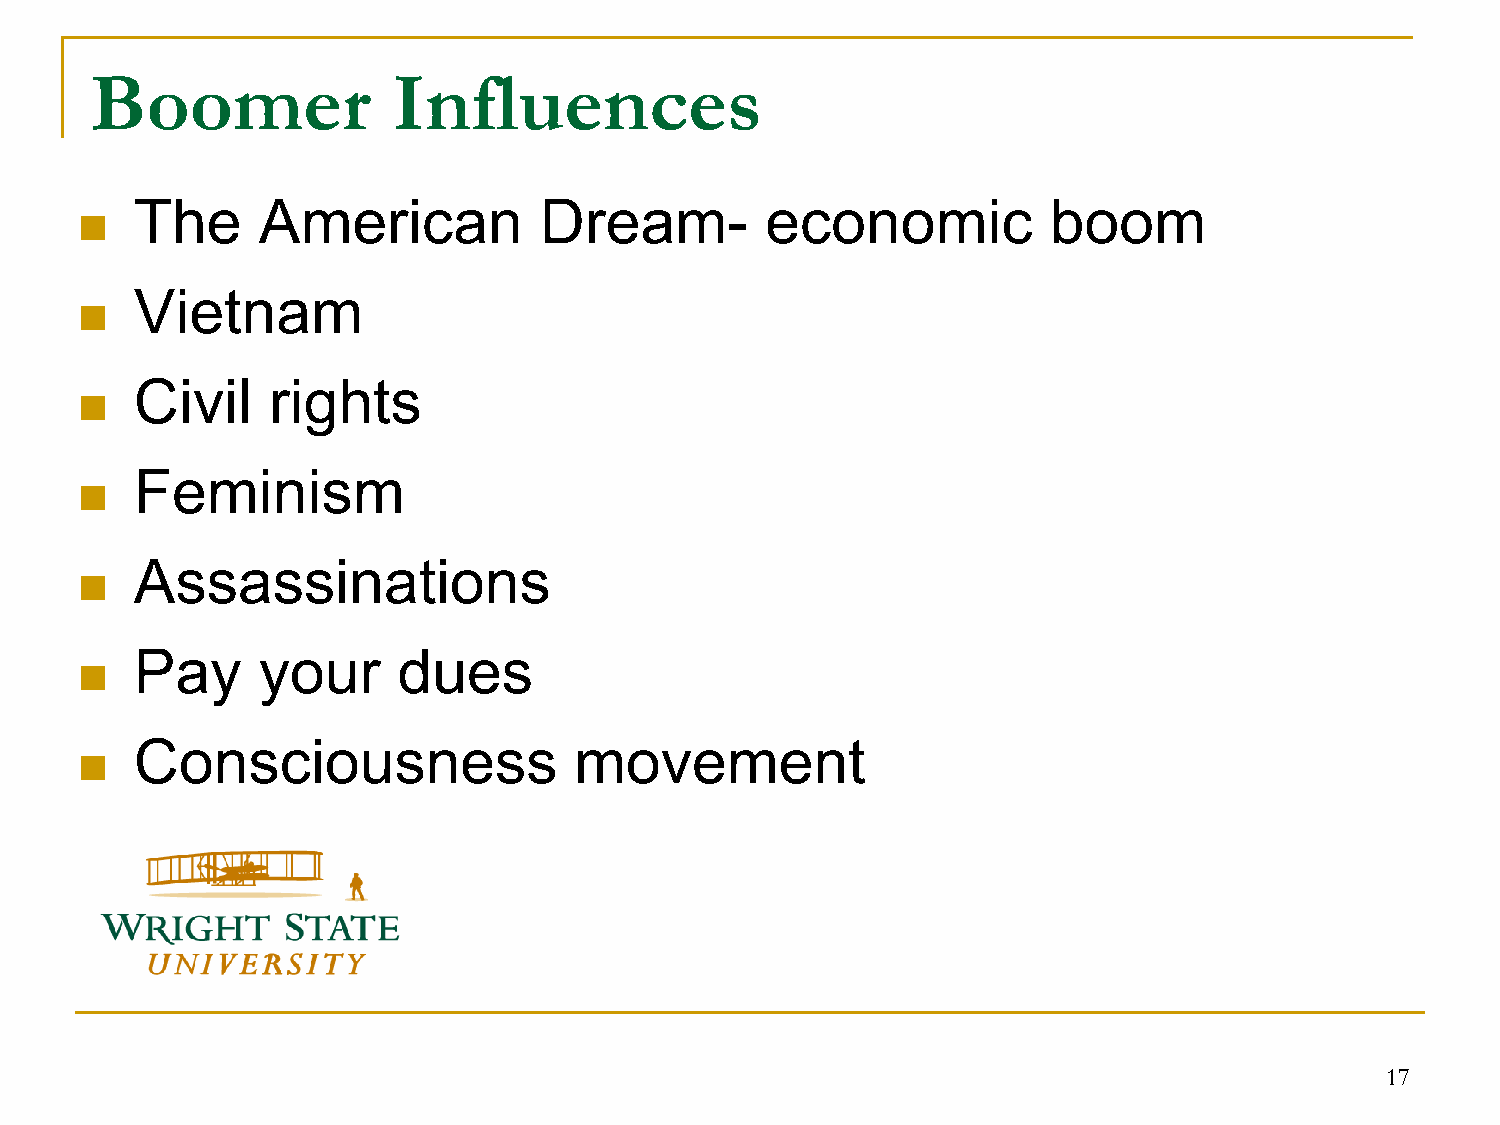
Boomer              Influences
 The     American           Dream-         economic           boom
 
 Vietnam
 
 Civil    rights
 
 Feminism
 
 Assassinations
 
 Pay     your     dues
 
 Consciousness                movement
 
 17